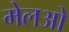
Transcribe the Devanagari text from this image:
मेलओ